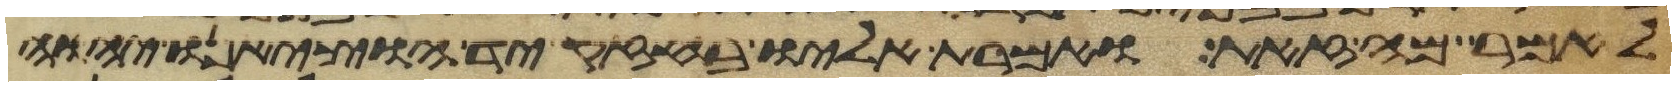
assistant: לאמר מה זאת ואמרת אליו בחזק יד הוציאנו יהוה